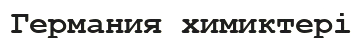
Германия химиктері